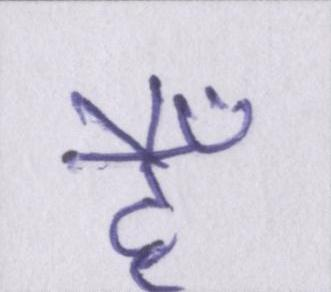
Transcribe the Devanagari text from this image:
हैँ